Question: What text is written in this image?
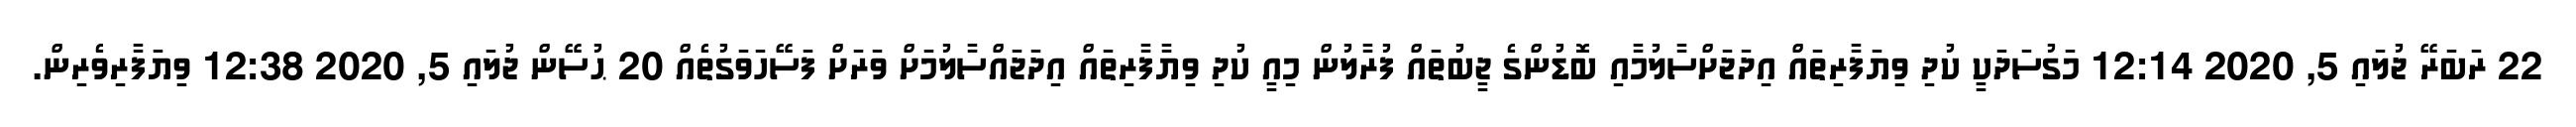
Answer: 22 ރަބަރޭ ޖުލައި 5, 2020 12:14 މަގުސަދަކީ ކުދި ވިޔަފާރިތައް އިދަޖަށްސާލުމާއި ބޮޑުންގެ ޖީބުތައް ފުރާލުން މިއީ ކުދި ވިޔާފާރިތައް އިދަޖައްސާލުމަށް ވަރަށް ފަސޭހަވަގުތެއް 20 ޙުސޭން ޖުލައި 5, 2020 12:38 ވިޔަފާރިވެރިން.